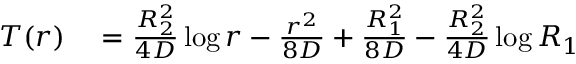
\begin{array} { r l } { T ( r ) } & { { } = \frac { R _ { 2 } ^ { 2 } } { 4 D } \log r - \frac { r ^ { 2 } } { 8 D } + \frac { R _ { 1 } ^ { 2 } } { 8 D } - \frac { R _ { 2 } ^ { 2 } } { 4 D } \log R _ { 1 } } \end{array}